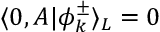
\langle 0 , A | \phi _ { k } ^ { \pm } \rangle _ { L } = 0